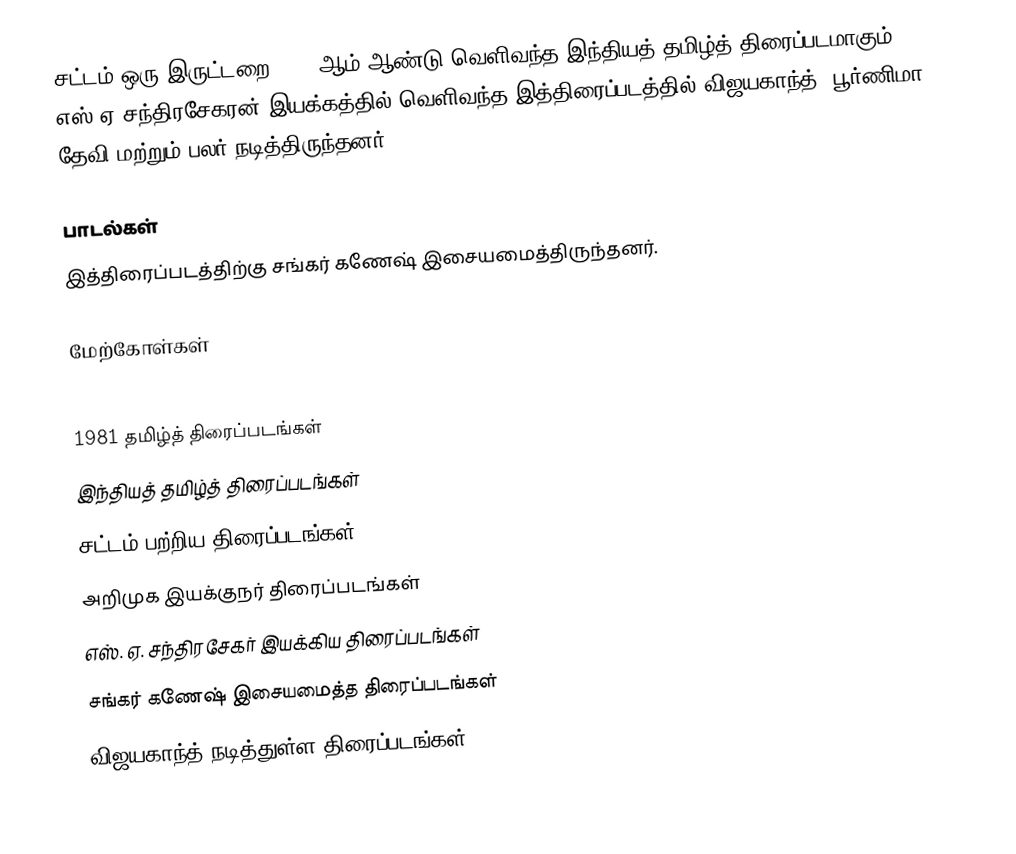
சட்டம் ஒரு இருட்டறை 1981 ஆம் ஆண்டு வெளிவந்த இந்தியத் தமிழ்த் திரைப்படமாகும். எஸ்.ஏ.சந்திரசேகரன் இயக்கத்தில் வெளிவந்த இத்திரைப்படத்தில் விஜயகாந்த், பூர்ணிமா தேவி மற்றும் பலர் நடித்திருந்தனர்.

பாடல்கள்
இத்திரைப்படத்திற்கு சங்கர் கணேஷ் இசையமைத்திருந்தனர்.

மேற்கோள்கள்

1981 தமிழ்த் திரைப்படங்கள்
இந்தியத் தமிழ்த் திரைப்படங்கள்
சட்டம் பற்றிய திரைப்படங்கள்
அறிமுக இயக்குநர் திரைப்படங்கள்
எஸ். ஏ. சந்திரசேகர் இயக்கிய திரைப்படங்கள்
சங்கர் கணேஷ் இசையமைத்த திரைப்படங்கள்
விஜயகாந்த் நடித்துள்ள திரைப்படங்கள்